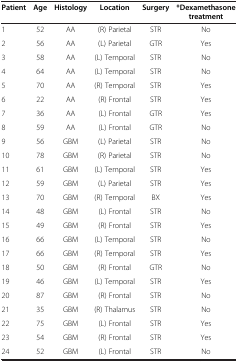
<table><thead><tr><td><b>Patient</b></td><td><b>Age</b></td><td><b>Histology</b></td><td><b>Location</b></td><td><b>Surgery</b></td><td><b>*Dexamethasone treatment</b></td></tr></thead><tbody><tr><td>1</td><td>52</td><td>AA</td><td>(R) Parietal</td><td>STR</td><td>No</td></tr><tr><td>2</td><td>56</td><td>AA</td><td>(L) Parietal</td><td>GTR</td><td>Yes</td></tr><tr><td>3</td><td>58</td><td>AA</td><td>(L) Temporal</td><td>STR</td><td>No</td></tr><tr><td>4</td><td>64</td><td>AA</td><td>(L) Temporal</td><td>STR</td><td>No</td></tr><tr><td>5</td><td>70</td><td>AA</td><td>(R) Temporal</td><td>STR</td><td>Yes</td></tr><tr><td>6</td><td>22</td><td>AA</td><td>(R) Frontal</td><td>STR</td><td>Yes</td></tr><tr><td>7</td><td>36</td><td>AA</td><td>(L) Frontal</td><td>GTR</td><td>Yes</td></tr><tr><td>8</td><td>59</td><td>AA</td><td>(L) Frontal</td><td>GTR</td><td>No</td></tr><tr><td>9</td><td>56</td><td>GBM</td><td>(L) Parietal</td><td>STR</td><td>No</td></tr><tr><td>10</td><td>78</td><td>GBM</td><td>(R) Parietal</td><td>STR</td><td>No</td></tr><tr><td>11</td><td>61</td><td>GBM</td><td>(L) Temporal</td><td>STR</td><td>Yes</td></tr><tr><td>12</td><td>59</td><td>GBM</td><td>(L) Parietal</td><td>STR</td><td>Yes</td></tr><tr><td>13</td><td>70</td><td>GBM</td><td>(R) Temporal</td><td>BX</td><td>Yes</td></tr><tr><td>14</td><td>48</td><td>GBM</td><td>(L) Frontal</td><td>STR</td><td>No</td></tr><tr><td>15</td><td>49</td><td>GBM</td><td>(R) Frontal</td><td>STR</td><td>Yes</td></tr><tr><td>16</td><td>66</td><td>GBM</td><td>(L) Temporal</td><td>STR</td><td>No</td></tr><tr><td>17</td><td>66</td><td>GBM</td><td>(R) Temporal</td><td>STR</td><td>Yes</td></tr><tr><td>18</td><td>50</td><td>GBM</td><td>(R) Frontal</td><td>GTR</td><td>No</td></tr><tr><td>19</td><td>46</td><td>GBM</td><td>(L) Temporal</td><td>STR</td><td>Yes</td></tr><tr><td>20</td><td>87</td><td>GBM</td><td>(R) Frontal</td><td>STR</td><td>No</td></tr><tr><td>21</td><td>35</td><td>GBM</td><td>(R) Thalamus</td><td>STR</td><td>No</td></tr><tr><td>22</td><td>75</td><td>GBM</td><td>(L) Frontal</td><td>STR</td><td>Yes</td></tr><tr><td>23</td><td>54</td><td>GBM</td><td>(R) Frontal</td><td>STR</td><td>Yes</td></tr><tr><td>24</td><td>52</td><td>GBM</td><td>(L) Frontal</td><td>STR</td><td>No</td></tr></tbody></table>